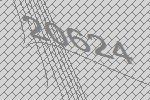
20624